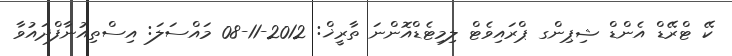
ކޭ ޓްރޭޑް އެންޑް ޝިޕިންގ ޕްރައިވެޓް ލިމިޓެޑްއޮންނަ ތާރީޚް: 2012-11-08 މައްސަލަ: އިސްތިއުނާފްދައުވާ